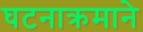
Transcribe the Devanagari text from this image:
घटनाक्रमाने